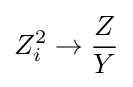
Z_{i}^{2}\rightarrow {\frac {Z}{Y}}